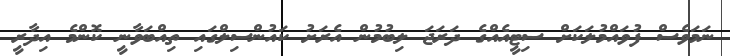
ނަމަވެސް ފުވައްމުލަކަށް ސިޓީއެއްގެ ދަރަޖަ ލިބުމުން އެރަށު ކައުންސިލްގައި ތިއްބަވާނީ ކޮންމެ އިދާރީ